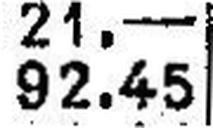
92.45